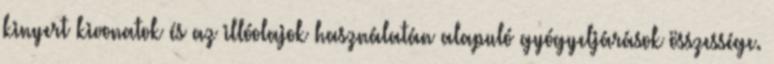
kinyert kivonatok és az illóolajok használatán alapuló gyógyeljárások összessége.